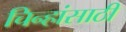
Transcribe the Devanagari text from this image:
चिन्हांसाठी